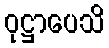
ဝုဋ္ဌာပေသိ